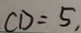
C D = 5 ,